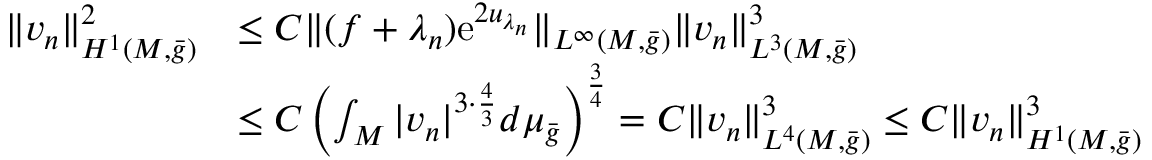
\begin{array} { r l } { \| v _ { n } \| _ { H ^ { 1 } ( M , \bar { g } ) } ^ { 2 } } & { \le C \| ( f + \lambda _ { n } ) \mathrm { e } ^ { 2 u _ { \lambda _ { n } } } \| _ { L ^ { \infty } ( M , \bar { g } ) } \| v _ { n } \| _ { L ^ { 3 } ( M , \bar { g } ) } ^ { 3 } } \\ & { \le C \left( \int _ { M } | v _ { n } | ^ { 3 \cdot \frac 4 3 } d \mu _ { \bar { g } } \right) ^ { \frac 3 4 } = C \| v _ { n } \| _ { L ^ { 4 } ( M , \bar { g } ) } ^ { 3 } \le C \| v _ { n } \| _ { H ^ { 1 } ( M , \bar { g } ) } ^ { 3 } } \end{array}